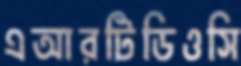
এআরটিডিওসি